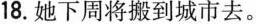
18.她下周将搬到城市去。